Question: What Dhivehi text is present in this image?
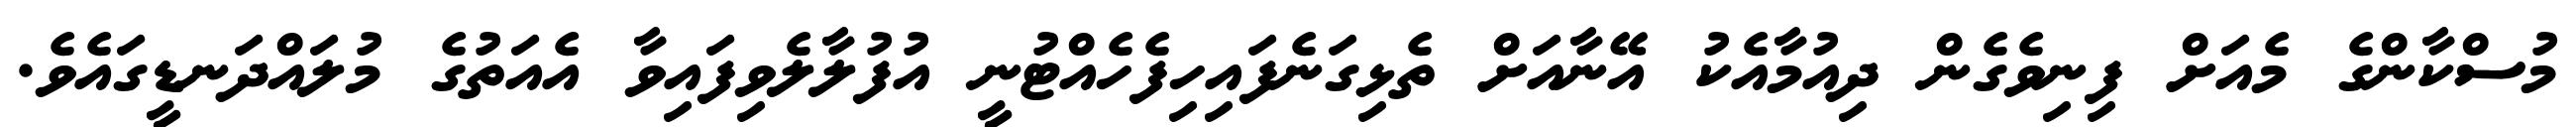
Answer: މުސްކާންގެ މެއަށް ފިނިވެގެން ދިއުމާއެކު އޭނާއަށް ތެޅިގަނެފައިހިފެހެއްޓުނީ އުފުލާލެވިފައިވާ އެއަތުގެ މުލައްދަނޑީގައެވެ.